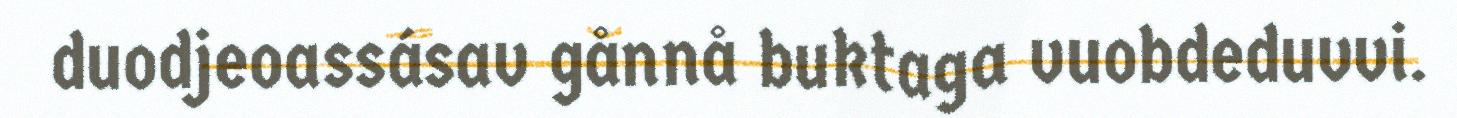
duodjeoassásav gånnå buktaga vuobdeduvvi.